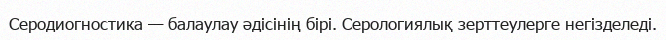
Серодиогностика — балаулау әдісінің бірі. Серологиялық зерттеулерге негізделеді.